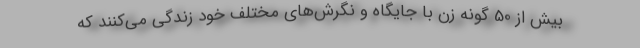
بيش از 50 گونه زن با جايگاه و نگرش‌هاي مختلف خود زندگي مي‌كنند كه